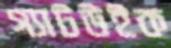
গ্যাটউইক